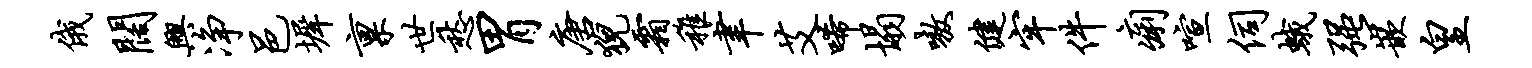
俄阔兴净邑墀禀世愁胃唐猊霜稚聿艾唏塌嗷健牢件痢喧伺蛾强嵌皇